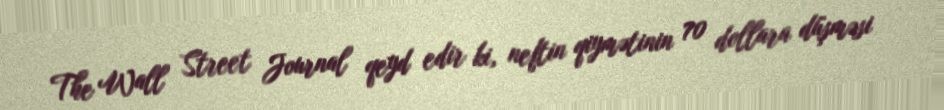
The Wall Street Journal qeyd edir ki, neftin qiymətinin 70 dollara düşməsi